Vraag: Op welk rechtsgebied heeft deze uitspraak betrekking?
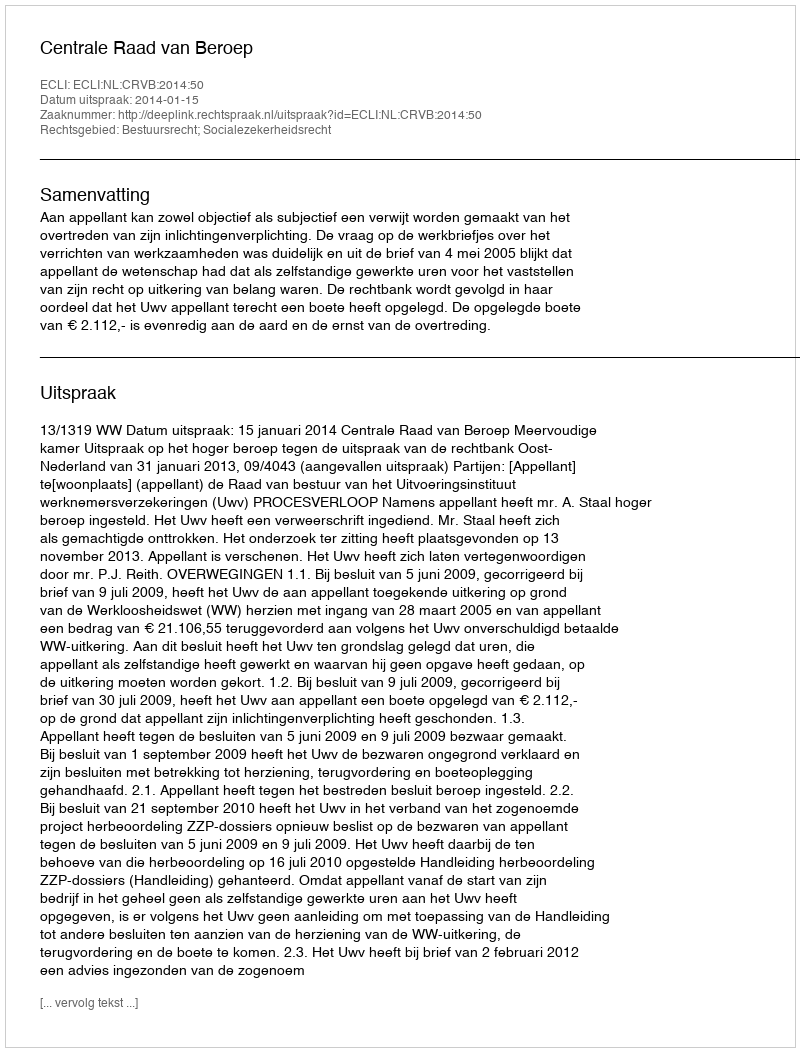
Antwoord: Bestuursrecht; Socialezekerheidsrecht